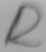
Text: R